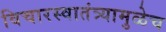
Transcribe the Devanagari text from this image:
विचारस्वातंत्र्यामुळेच